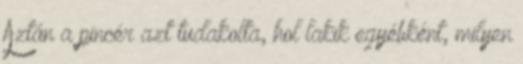
Aztán a pincér azt tudakolta, hol lakik egyébként, milyen